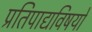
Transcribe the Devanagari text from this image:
प्रतिपाद्यविषयों